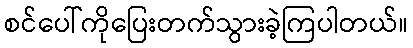
စင်ပေါ်ကိုပြေးတက်သွားခဲ့ကြပါတယ်။